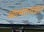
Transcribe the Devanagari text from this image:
आत्मतत्वज्ञान